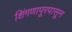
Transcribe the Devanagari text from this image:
शिंगणापूरपासून